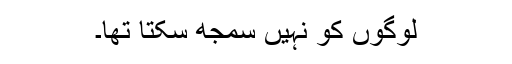
لوگوں کو نہیں سمجھ سکتا تھا۔